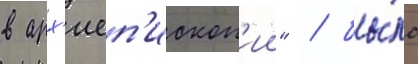
в арх'иеп'ископ'ии" / бы́ло